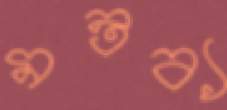
মন্তব্য